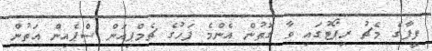
ފީފާގެ މެޗު ރިޕޯޓުގައި ވާ ގޮތުން އެންމެ ފަހުގެ ޗެމްޕިއަން ސްޕެއިން އަތުން